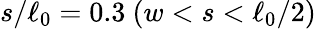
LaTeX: s/\ell_{0}=0.3\ (w<s<\ell_{0}/2)